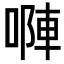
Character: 𠻆